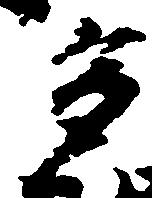
多